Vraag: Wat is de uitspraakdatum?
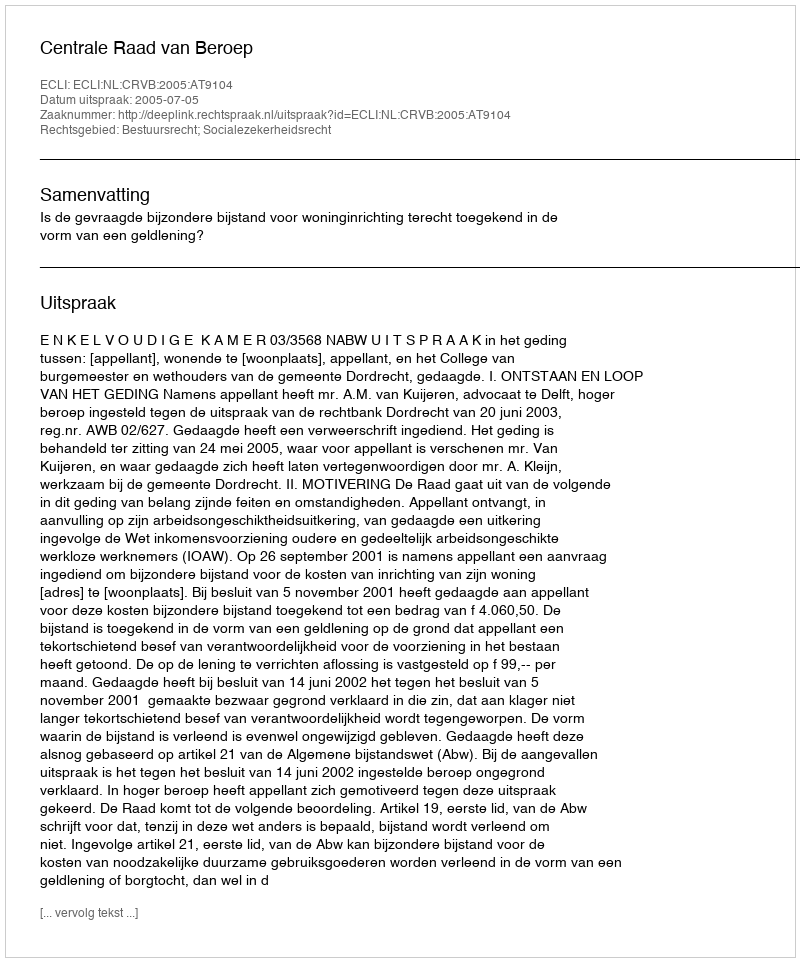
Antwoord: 2005-07-05